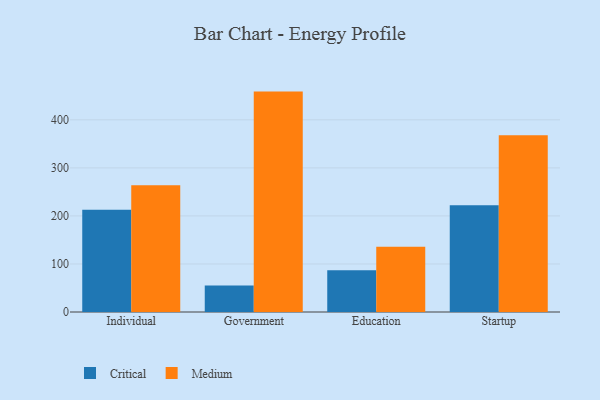
{"axis": {"x": "Segment", "y": "Latency (ms)"}, "legend": ["Critical", "Medium"], "data": [{"x": "Individual", "y": 212.9, "type": "Critical"}, {"x": "Individual", "y": 263.8, "type": "Medium"}, {"x": "Government", "y": 55.2, "type": "Critical"}, {"x": "Government", "y": 458.8, "type": "Medium"}, {"x": "Education", "y": 86.9, "type": "Critical"}, {"x": "Education", "y": 135.7, "type": "Medium"}, {"x": "Startup", "y": 222.3, "type": "Critical"}, {"x": "Startup", "y": 368.0, "type": "Medium"}]}